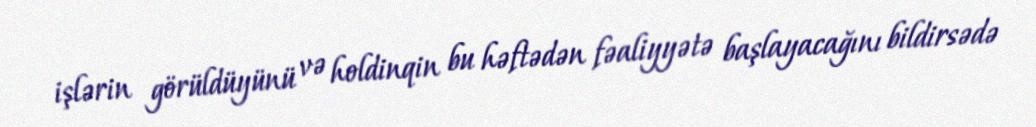
işlərin görüldüyünü və holdinqin bu həftədən fəaliyyətə başlayacağını bildirsədə